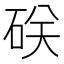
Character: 𥒆